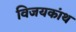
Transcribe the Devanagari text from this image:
विजयकांथ